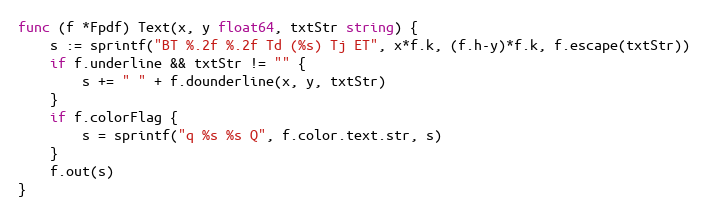
Language: Go
func (f *Fpdf) Text(x, y float64, txtStr string) {
	s := sprintf("BT %.2f %.2f Td (%s) Tj ET", x*f.k, (f.h-y)*f.k, f.escape(txtStr))
	if f.underline && txtStr != "" {
		s += " " + f.dounderline(x, y, txtStr)
	}
	if f.colorFlag {
		s = sprintf("q %s %s Q", f.color.text.str, s)
	}
	f.out(s)
}